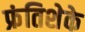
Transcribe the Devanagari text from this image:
फ्रंतिशेके